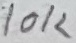
Text: 10K